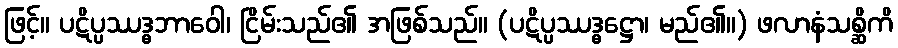
ဖြင့်။ ပဋိပ္ပဿဒ္ဓဘာဝေါ၊ ငြိမ်းသည်၏ အဖြစ်သည်။ (ပဋိပ္ပဿဒ္ဓဋ္ဌော၊ မည်၏။) ဖလာနံသစ္ဆိကိ